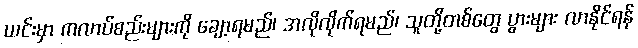
ယင်းမှာ ကလာပ်စည်းများကို ချော့ရမည်၊ အလိုလိုက်ရမည်၊ သူတို့တစ်တွေ ပွားများ လာနိုင်ရန်